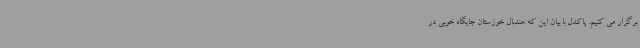
برگزار می کنیم. پاکدل با بیان این که هندبال خوزستان جایگاه خوبی در